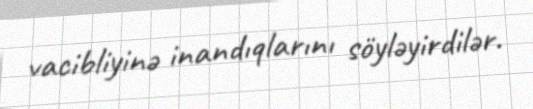
vacibliyinə inandıqlarını söyləyirdilər.